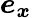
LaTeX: \boldsymbol{e_{x}}